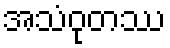
အသံဝုတဿ